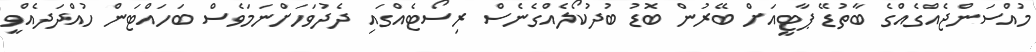
މުއްސަންޖެއްގެއްގެ ބާތުޑޭ ޕާޓީއަށް ބޭރުން ބޮޑު ބުދުކޯލެއްގެނެސް ރިސޯޓެއްގައި ދެދުވަހަށްނަމަވެސް ބަހައްޓަން ހުއްދަދެއްވީ